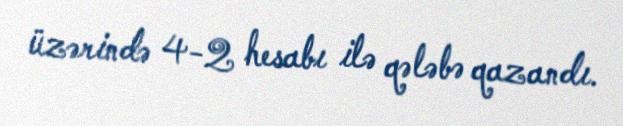
üzərində 4-2 hesabı ilə qələbə qazandı.